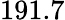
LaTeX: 191.7